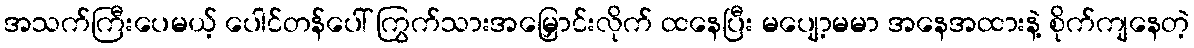
အသက်ကြီးပေမယ့် ပေါင်တန်ပေါ် ကြွက်သားအမြှောင်းလိုက် ထနေပြီး မပျော့မမာ အနေအထားနဲ့ စိုက်ကျနေတဲ့